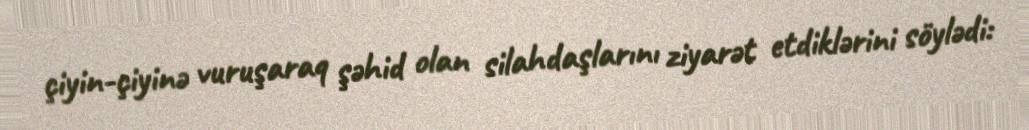
çiyin-çiyinə vuruşaraq şəhid olan silahdaşlarını ziyarət etdiklərini söylədi: